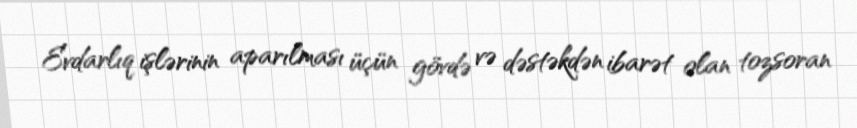
Evdarlıq işlərinin aparılması üçün gövdə və dəstəkdən ibarət olan tozsoran